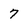
Character: 7